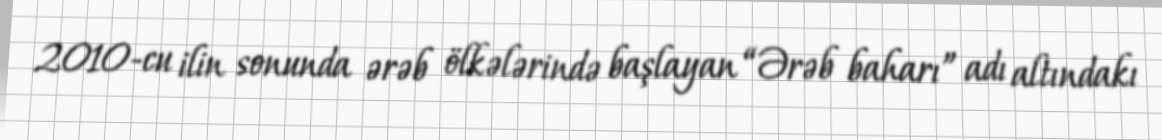
2010-cu ilin sonunda ərəb ölkələrində başlayan “Ərəb baharı” adı altındakı